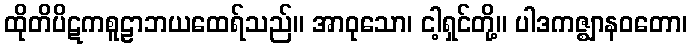
ထိုတိပိဋကစူဠာဘယထေရ်သည်။ အာဝုသော၊ ငါ့ရှင်တို့။ ပါဒကဇ္ဈာနဝတော၊